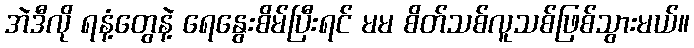
အဲဒီလို ရနံ့တွေနဲ့ ရေနွေးစိမ်ပြီးရင် မမ စိတ်သစ်လူသစ်ဖြစ်သွားမယ်။